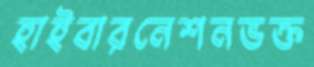
হাইবারনেশনভক্ত